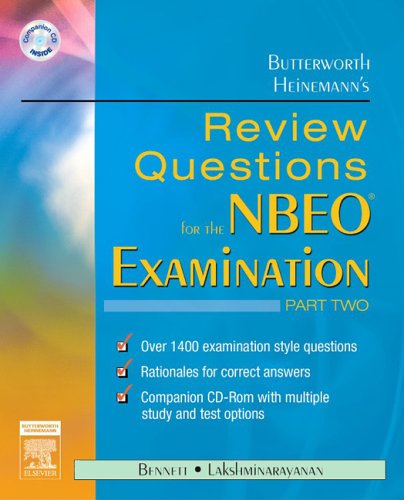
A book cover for Butterworth Heinemann's Review Questions for the NBEO Examination:  Part Two, 1e (Pt. 2); Butterworth-Heinemann; Medical Books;